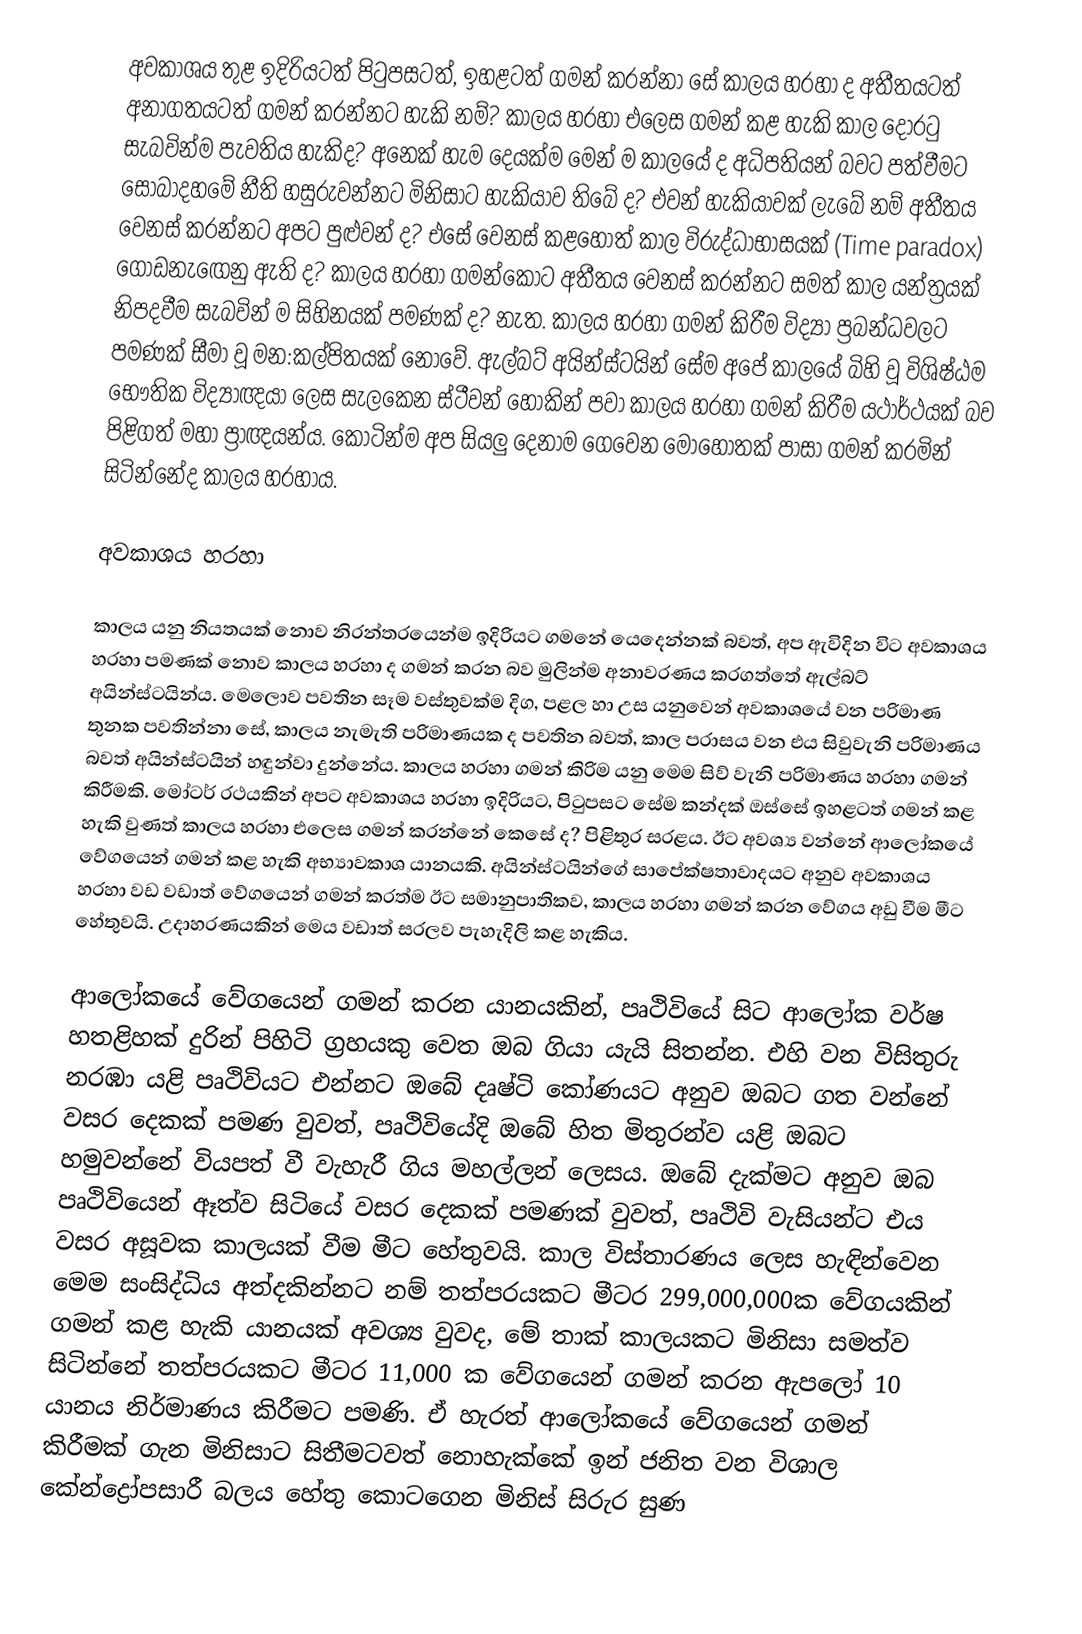
අවකාශය තුළ ඉදිරියටත් පිටුපසටත්, ඉහළටත් ගමන් කරන්නා සේ කාලය හරහා ද අතීතයටත් අනාගතයටත් ගමන් කරන්නට හැකි නම්? කාලය හරහා එලෙස ගමන් කළ හැකි කාල දොරටු සැබවින්ම පැවතිය හැකිද? අනෙක් හැම දෙයක්ම මෙන් ම කාලයේ ද අධිපතියන් බවට පත්වීමට සොබාදහමේ නීති හසුරුවන්නට මිනිසාට හැකියාව තිබේ ද? එවන් හැකියාවක් ලැබේ නම් අතීතය වෙනස් කරන්නට අපට පුළුවන් ද? එසේ වෙනස් කළහොත් කාල විරුද්ධාභාසයක් (Time paradox) ගොඩනැඟෙනු ඇති ද? කාලය හරහා ගමන්කොට අතීතය වෙනස් කරන්නට සමත් කාල යන්ත්‍රයක් නිපදවීම සැබවින් ම සිහිනයක් පමණක් ද? නැත. කාලය හරහා ගමන් කිරීම විද්‍යා ප්‍රබන්ධවලට පමණක් සීමා වූ මන:කල්පිතයක් නොවේ. ඇල්බට් අයින්ස්ටයින් සේම අපේ කාලයේ බිහි වූ විශිෂ්ඨම භෞතික විද්‍යාඥයා ලෙස සැලකෙන ස්ටීවන් හෝකින් පවා කාලය හරහා ගමන් කිරීම යථාර්ථයක් බව පිළිගත් මහා ප්‍රාඥයන්ය. කොටින්ම අප සියලු දෙනාම ගෙවෙන මොහොතක් පාසා ගමන් කරමින් සිටින්නේද කාලය හරහාය.

අවකාශය හරහා

කාලය යනු නියතයක් නොව නිරන්තරයෙන්ම ඉදිරියට ගමනේ යෙදෙන්නක් බවත්, අප ඇවිදින විට අවකාශය හරහා පමණක් නොව කාලය හරහා ද ගමන් කරන බව මුලින්ම අනාවරණය කරගත්තේ ඇල්බට් අයින්ස්ටයින්ය. මෙලොව පවතින සෑම වස්තුවක්ම දිග, පළල හා උස යනුවෙන් අවකාශයේ වන පරිමාණ තුනක පවතින්නා සේ, කාලය නැමැති පරිමාණයක ද පවතින බවත්, කාල පරාසය වන එය සිවුවැනි පරිමාණය බවත් අයින්ස්ටයින් හඳුන්වා දුන්නේය. කාලය හරහා ගමන් කිරිම යනු මෙම සිව් වැනි පරිමාණය හරහා ගමන් කිරීමකි. මෝටර් රථයකින් අපට අවකාශය හරහා ඉදිරියට, පිටුපසට සේම කන්දක් ඔස්සේ ඉහළටත් ගමන් කළ හැකි වුණත් කාලය හරහා එලෙස ගමන් කරන්නේ කෙසේ ද? පිළිතුර සරළය. ඊට අවශ්‍ය වන්නේ ආලෝකයේ වේගයෙන් ගමන් කළ හැකි අභ්‍යාවකාශ යානයකි. අයින්ස්ටයින්ගේ සාපේක්ෂතාවාදයට අනුව අවකාශය හරහා වඩ වඩාත් වේගයෙන් ගමන් කරත්ම ඊට සමානුපාතිකව, කාලය හරහා ගමන් කරන වේගය අඩු වීම මීට හේතුවයි. උදාහරණයකින් මෙය වඩාත් සරලව පැහැදිලි කළ හැකිය.

ආලෝකයේ වේගයෙන් ගමන් කරන යානයකින්, පෘථිවියේ සිට ආලෝක වර්ෂ හතළිහක් දුරින් පිහිටි ග්‍රහයකු වෙත ඔබ ගියා යැයි සිතන්න. එහි වන විසිතුරු නරඹා යළි පෘථිවියට එන්නට ඔබේ දෘෂ්ටි කෝණයට අනුව ඔබට ගත වන්නේ වසර දෙකක් පමණ වුවත්, පෘථිවියේදි ඔබේ හිත මිතුරන්ව යළි ඔබට හමුවන්නේ වියපත් වී වැහැරී ගිය මහල්ලන් ලෙසය. ඔබේ දැක්මට අනුව ඔබ පෘථිවියෙන් ඈත්ව සිටියේ වසර දෙකක් පමණක් වුවත්, පෘථිවි වැසියන්ට එය වසර අසූවක කාලයක් වීම මීට හේතුවයි. කාල විස්තාරණය ලෙස හැඳින්වෙන මෙම සංසිද්ධිය අත්දකින්නට නම් තත්පරයකට මීටර 299,000,000ක වේගයකින් ගමන් කළ හැකි යානයක් අවශ්‍ය වුවද, මේ තාක් කාලයකට මිනිසා සමත්ව සිටින්නේ තත්පරයකට මීටර 11,000 ක වේගයෙන් ගමන් කරන ඇපලෝ 10 යානය නිර්මාණය කිරීමට පමණි. ඒ හැරත් ආලෝකයේ වේගයෙන් ගමන් කිරීමක් ගැන මිනිසාට සිතීමටවත් නොහැක්කේ ඉන් ජනිත වන විශාල කේන්ද්‍රෝපසාරී බලය හේතු කොටගෙන මිනිස් සිරුර සුණ